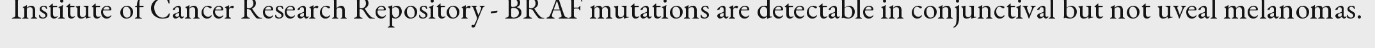
Institute of Cancer Research Repository - BRAF mutations are detectable in conjunctival but not uveal melanomas.